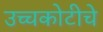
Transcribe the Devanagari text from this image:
उच्चकोटीचे